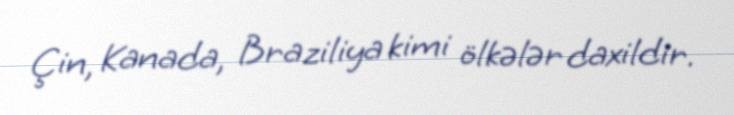
Çin, Kanada, Braziliya kimi ölkələr daxildir.